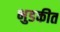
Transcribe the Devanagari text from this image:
भुडकीत